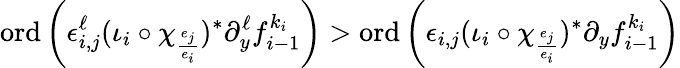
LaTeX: \textrm{ord}\left(\epsilon_{i,j}^{\ell}(\iota_{i}\circ\chi_{\frac{e_{j}}{e_{i}}})^{\ast}\partial_{y}^{\ell}f_{i-1}^{k_{i}}\right)>\textrm{ord}\left(\epsilon_{i,j}(\iota_{i}\circ\chi_{\frac{e_{j}}{e_{i}}})^{\ast}\partial_{y}f_{i-1}^{k_{i}}\right)